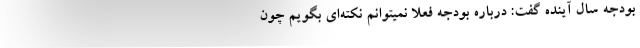
بودجه سال آینده گفت: درباره بودجه فعلا نمیتوانم نکته‌ای بگویم چون